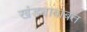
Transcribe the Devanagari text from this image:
खंड्याबाबत